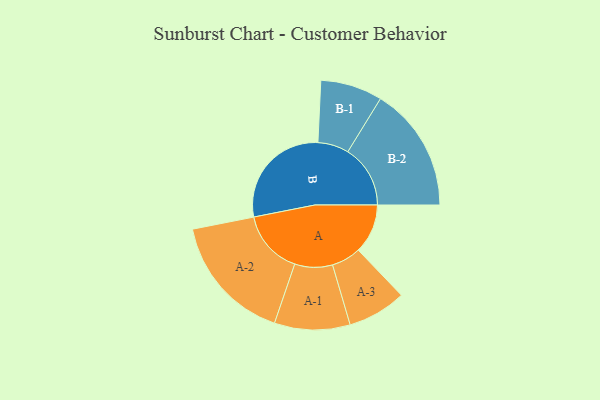
{"axis": {"x": "Segment", "y": "Value"}, "legend": ["", "A", "B"], "data": [{"x": "A", "y": 182, "type": ""}, {"x": "B", "y": 409, "type": ""}, {"x": "A-1", "y": 139, "type": "A"}, {"x": "A-2", "y": 236, "type": "A"}, {"x": "A-3", "y": 108, "type": "A"}, {"x": "B-1", "y": 114, "type": "B"}, {"x": "B-2", "y": 230, "type": "B"}]}